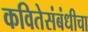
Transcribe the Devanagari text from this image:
कवितेसंबंधीचा